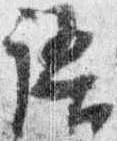
悟